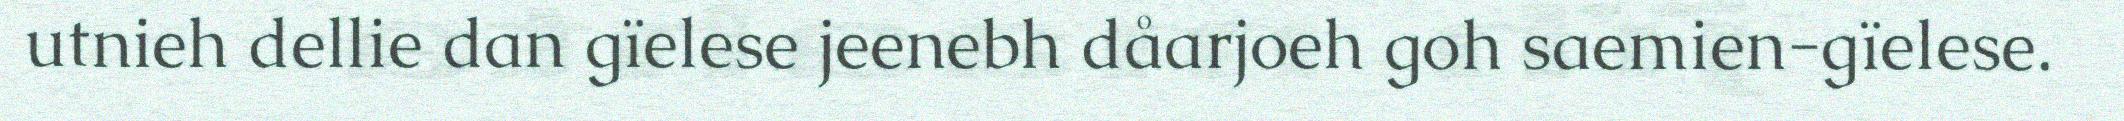
utnieh dellie dan gïelese jeenebh dåarjoeh goh saemien-gïelese.